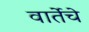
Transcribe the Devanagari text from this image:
वार्तेचे